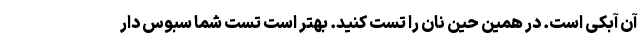
آن آبکی است. در همین حین نان را تست کنید. بهتر است تست شما سبوس دار